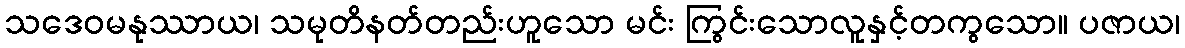
သဒေဝမနုဿာယ၊ သမုတိနတ်တည်းဟူသော မင်း ကြွင်းသောလူနှင့်တကွသော။ ပဇာယ၊